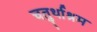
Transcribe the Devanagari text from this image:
चतुर्थाश्रम